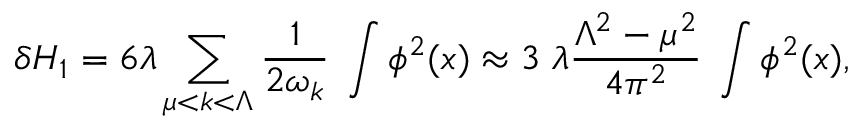
\delta H _ { 1 } = 6 \lambda \sum _ { \mu < k < \Lambda } { \frac { 1 } { 2 \omega _ { k } } } \; \int \phi ^ { 2 } ( x ) \approx 3 \; \lambda \frac { \Lambda ^ { 2 } - \mu ^ { 2 } } { 4 \pi ^ { 2 } } \; \int \phi ^ { 2 } ( x ) ,